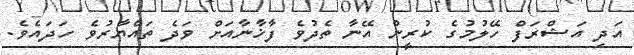
އަދި އަޝްރަފް ހޭލުމުގެ ކުރީން އޭނާ ތެދުވެ ފާޚާނާއަށް ވަދެ ތައްޔާރުވެ ހަދައެވެ.